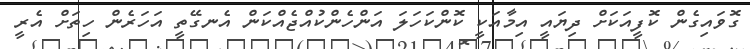
ގޮވައިގެން ކޮފީއަކަށް ދިޔައީ އިމާއަކީ ކޮންކަހަލަ އަންހެންކުއްޖެއްކަން އެނގޭތީ އަހަރެން ހިތަށް އެރީ